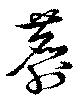
麝